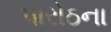
પારોઠના